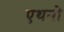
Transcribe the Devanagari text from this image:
एथनो